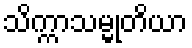
သိက္ကာသမ္မုတိယာ